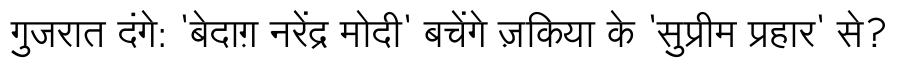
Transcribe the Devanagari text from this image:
गुजरात दंगे: 'बेदाग़ नरेंद्र मोदी' बचेंगे ज़किया के 'सुप्रीम प्रहार' से?